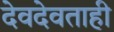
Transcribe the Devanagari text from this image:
देवदेवताही